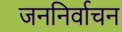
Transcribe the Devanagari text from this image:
जननिर्वाचन